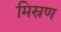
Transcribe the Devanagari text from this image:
मिस्रण